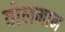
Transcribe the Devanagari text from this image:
वोलमान